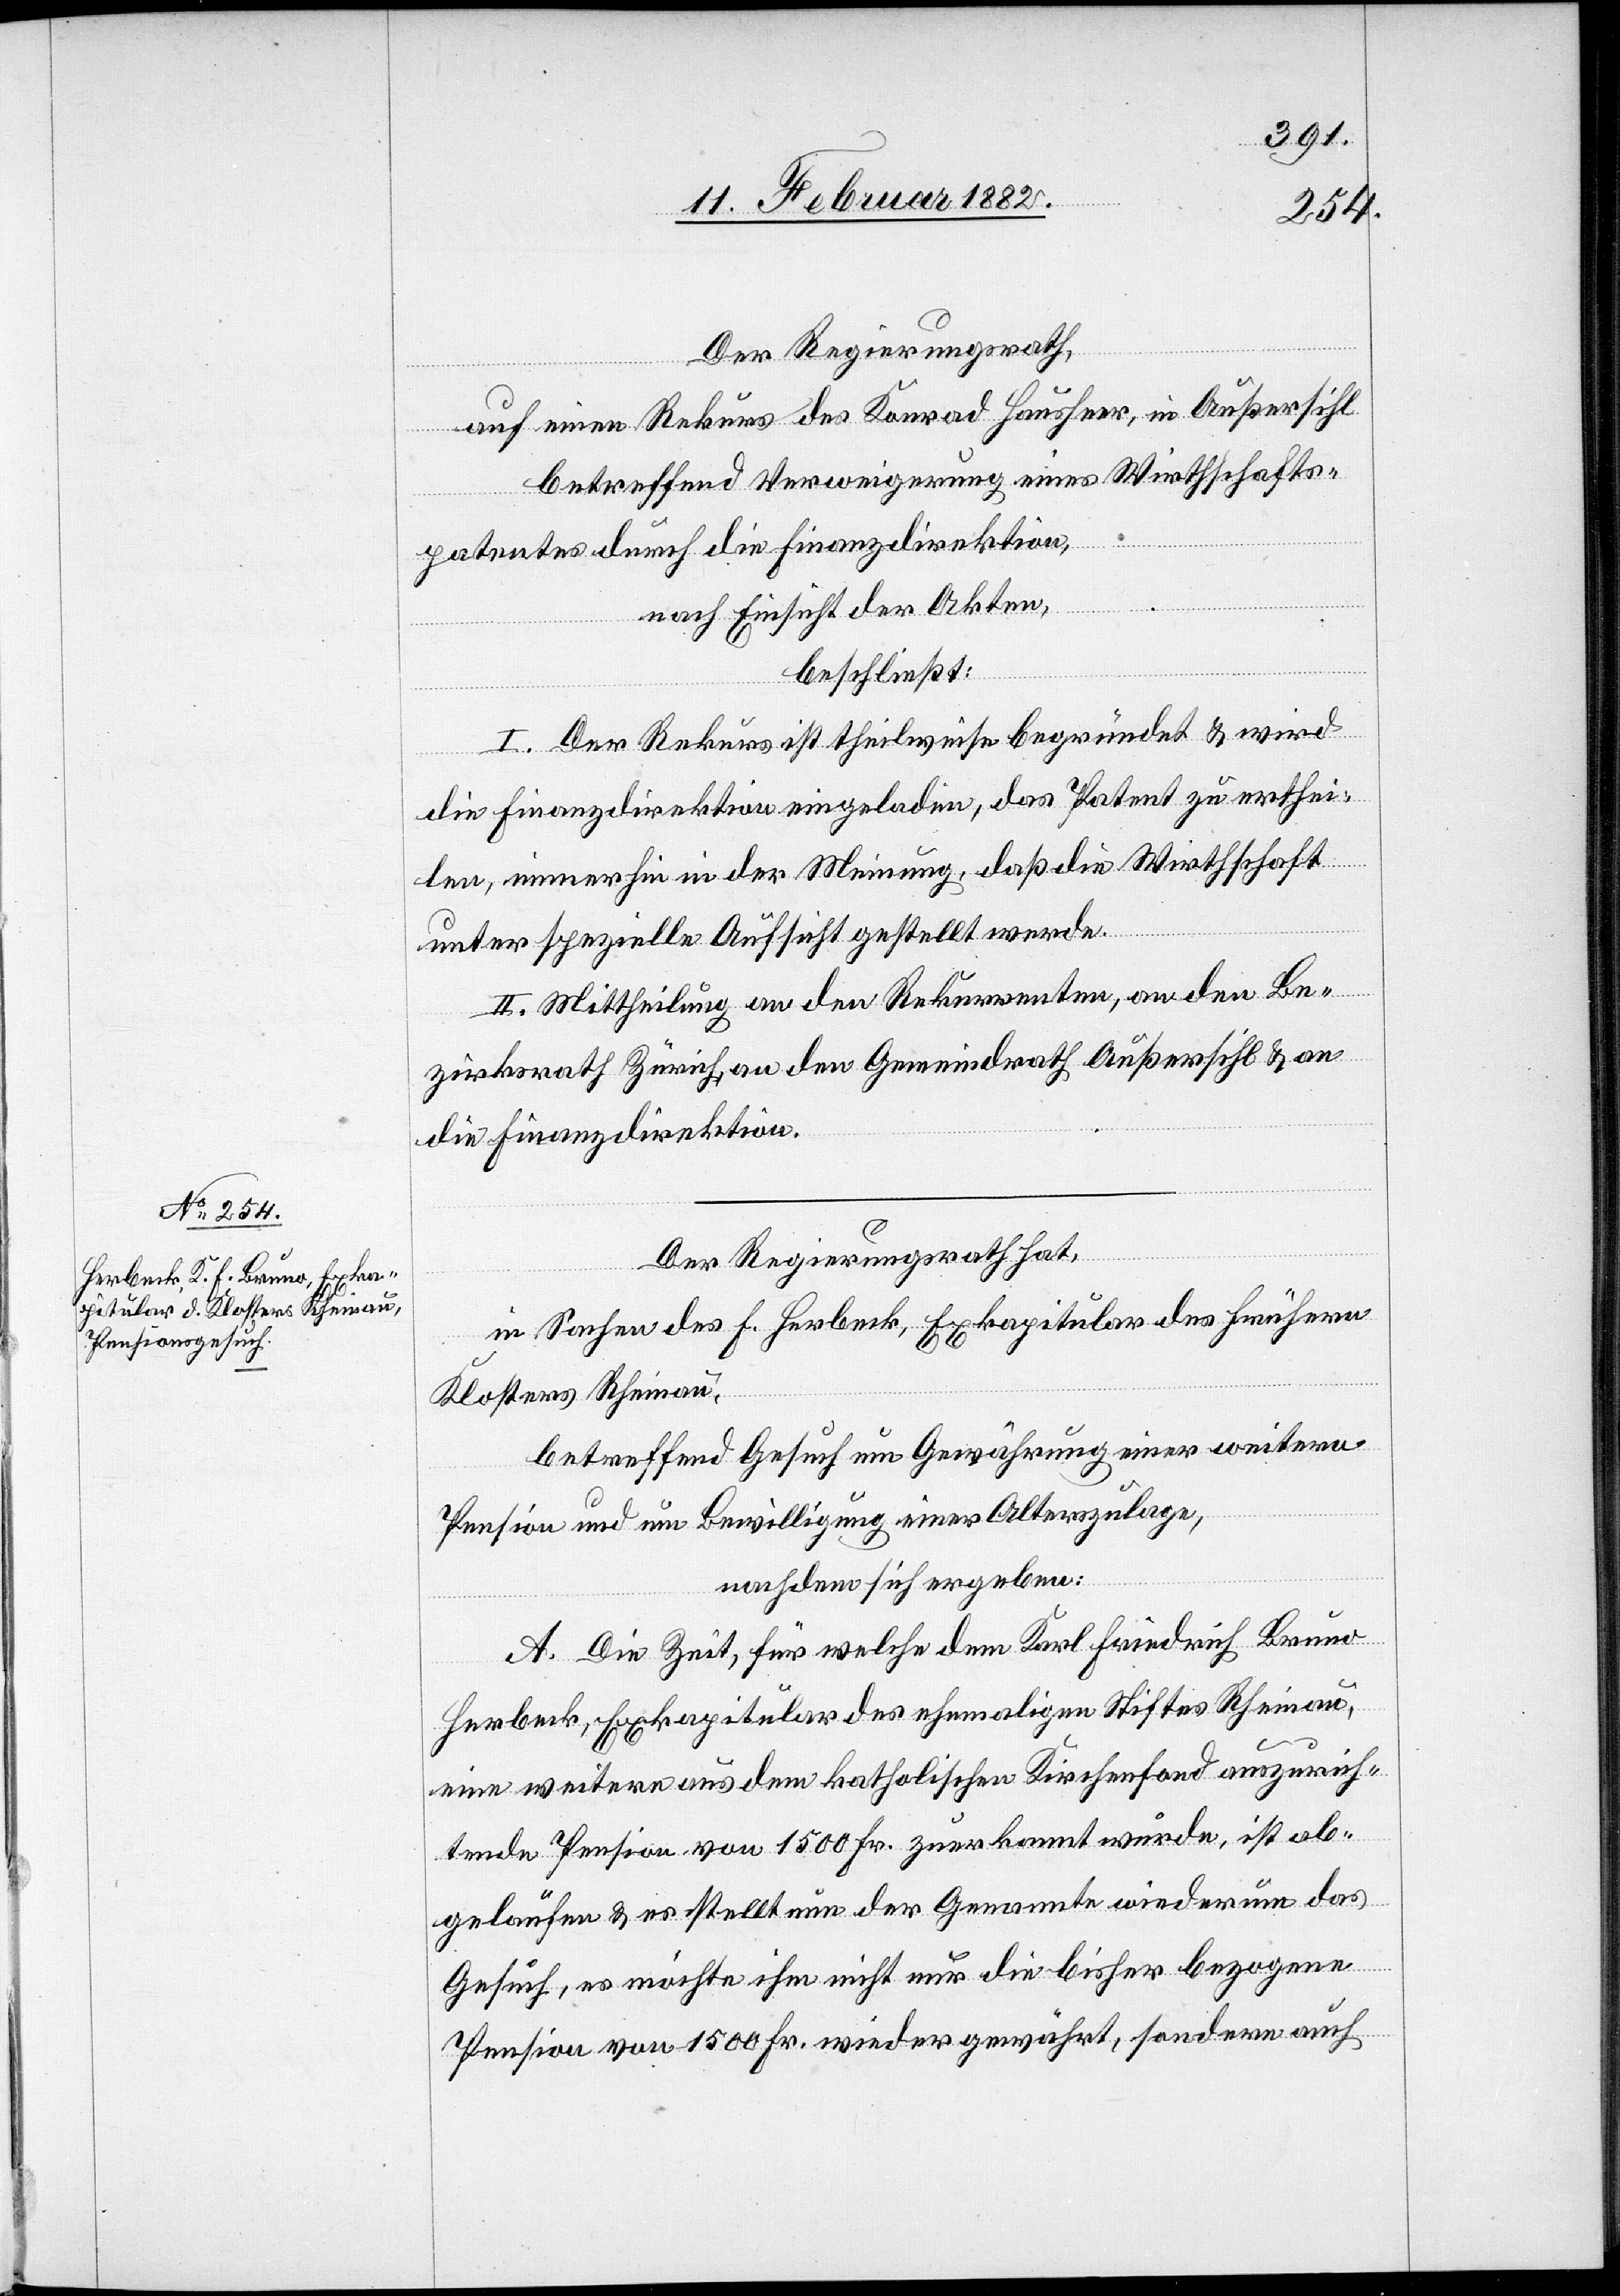
Der Regierungsrath,
auf einen Rekurs des Konrad Hausheer, in Außersihl
betreffend Verweigerung eines Wirtschafts¬
patentes durch die Finanzdirektion,
nach Einsicht der Akten,
beschließt:
I. Der Rekurs ist theilweise begründet & wird
die Finanzdirektion eingeladen, das Patent zu erthei¬
len, immerhin in der Meinung, daß die Wirtschaft
unter spezielle Aufsicht gestellt werde.
II. Mittheilung an den Rekurrenten, an den Be¬
zirksrath Zürich, an den Gemeindrath Außersihl & an
die Finanzdirektion.
Der Regierungsrath hat,
in Sachen des F. Herbeck, Exkapitular des frühern
Klosters Rheinau,
betreffend Gesuch um Gewährung einer weitern
Pension und um Bewilligung einer Alterszulage,
nachdem sich ergeben:
A. Die Zeit, für welche dem Karl Friedrich Bruno
Herbeck, Exkapitular des ehemaligen Stiftes Rheinau,
eine weitere aus dem katholischen Kirchenfond auszurich¬
tende Pension von 1500 Fr. zuerkannt wurde, ist ab¬
gelaufen & es stellt nun der Genannte wiederum das
Gesuch, es möchte ihm nicht nur die bisher bezogene
Pension von 1500 Fr. wieder gewährt, sondern auch